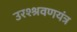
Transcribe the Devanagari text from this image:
उरश्श्रवणयंत्र